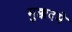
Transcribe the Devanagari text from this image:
मुक्कदमे